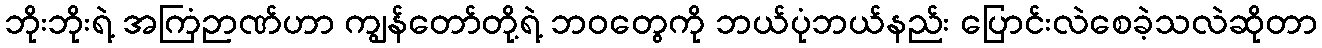
ဘိုးဘိုးရဲ့ အကြံဉာဏ်ဟာ ကျွန်တော်တို့ရဲ့ ဘဝတွေကို ဘယ်ပုံဘယ်နည်း ပြောင်းလဲစေခဲ့သလဲဆိုတာ